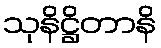
သုနိဋ္ဌိတာနိ